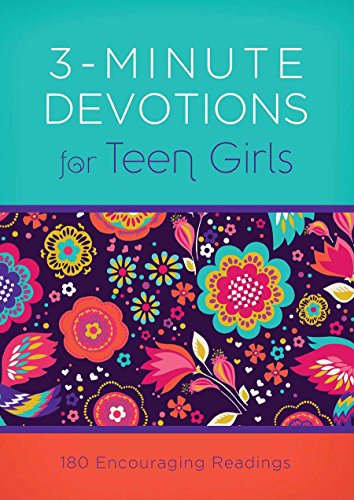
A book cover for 3-Minute Devotions for Teen Girls:  180 Encouraging Readings; April Frazier; Christian Books & Bibles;